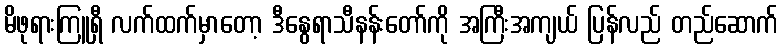
မိဖုရားကြူရှီ လက်ထက်မှာတော့ ဒီနွေရာသီနန်းတော်ကို အကြီးအကျယ် ပြန်လည် တည်ဆောက်